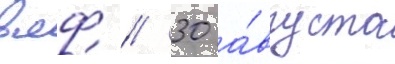
вмф // 30 а́вгуста